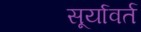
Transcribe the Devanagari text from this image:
सूर्यावर्त